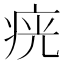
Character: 𤶏